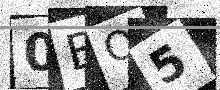
Text: 0BQ5